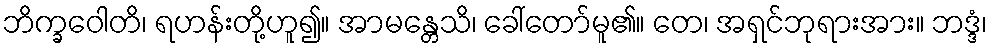
ဘိက္ခဝေါတိ၊ ရဟန်းတို့ဟူ၍။ အာမန္တေသိ၊ ခေါ်တော်မူ၏။ တေ၊ အရှင်ဘုရားအား။ ဘဒ္ဒံ၊